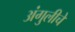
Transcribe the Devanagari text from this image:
अंगुलीचे